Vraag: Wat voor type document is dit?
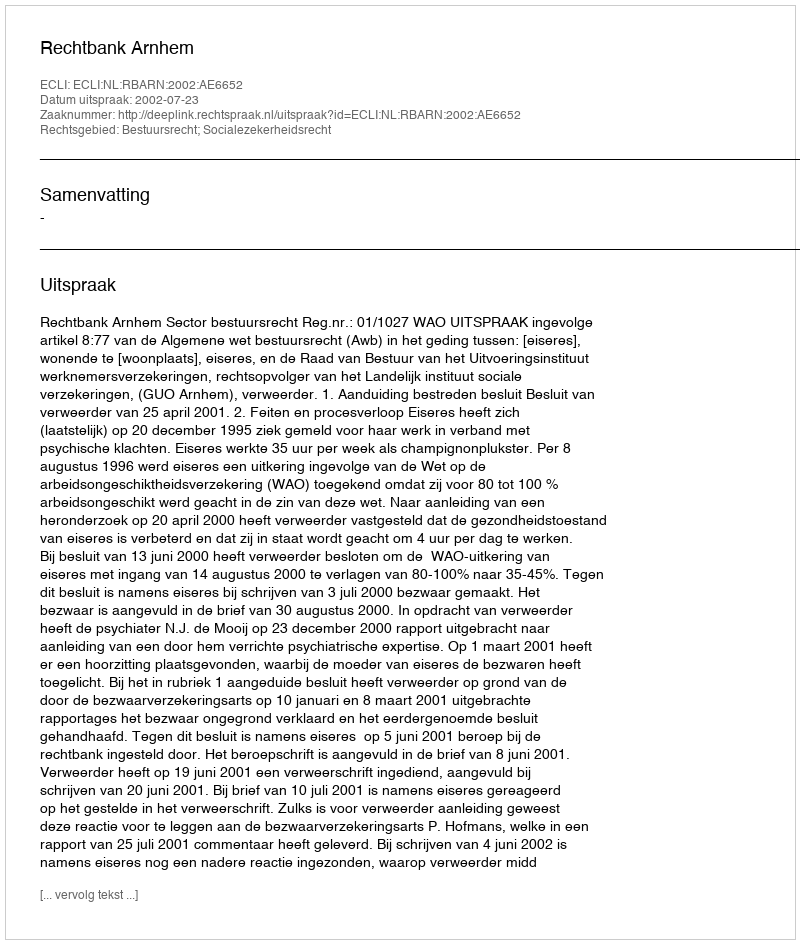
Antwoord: Uitspraak